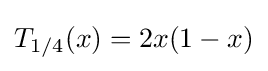
T_{1/4}(x)=2x(1-x)